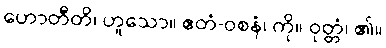
ဟောတီတိ၊ ဟူသော။ ဧတံ-ဝစနံ၊ ကို။ ဝုတ္တံ၊ ၏။